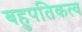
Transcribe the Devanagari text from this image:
बहुपतिकत्व